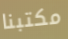
مكتبنا